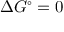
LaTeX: \Delta G ^ { \circ } = 0